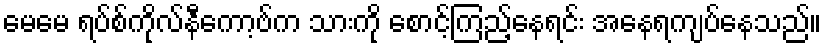
မေမေ ရပ်စ်ကိုလ်နီကော့ဗ်က သားကို စောင့်ကြည့်နေရင်း အနေရကျပ်နေသည်။